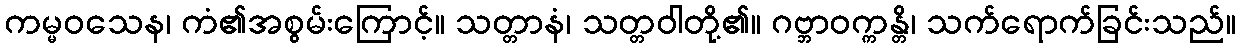
ကမ္မဝသေန၊ ကံ၏အစွမ်းကြောင့်။ သတ္တာနံ၊ သတ္တဝါတို့၏။ ဂဗ္ဘာဝက္ကန္တိ၊ သက်ရောက်ခြင်းသည်။